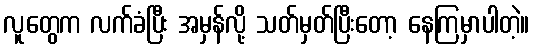
လူတွေက လက်ခံပြီး အမှန်လို့ သတ်မှတ်ပြီးတော့ နေကြမှာပါတဲ့။